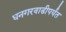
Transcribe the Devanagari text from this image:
धनगरवाडीपर्यंत